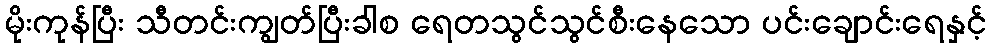
မိုးကုန်ပြီး သီတင်းကျွတ်ပြီးခါစ ရေတသွင်သွင်စီးနေသော ပင်းချောင်းရေနှင့်